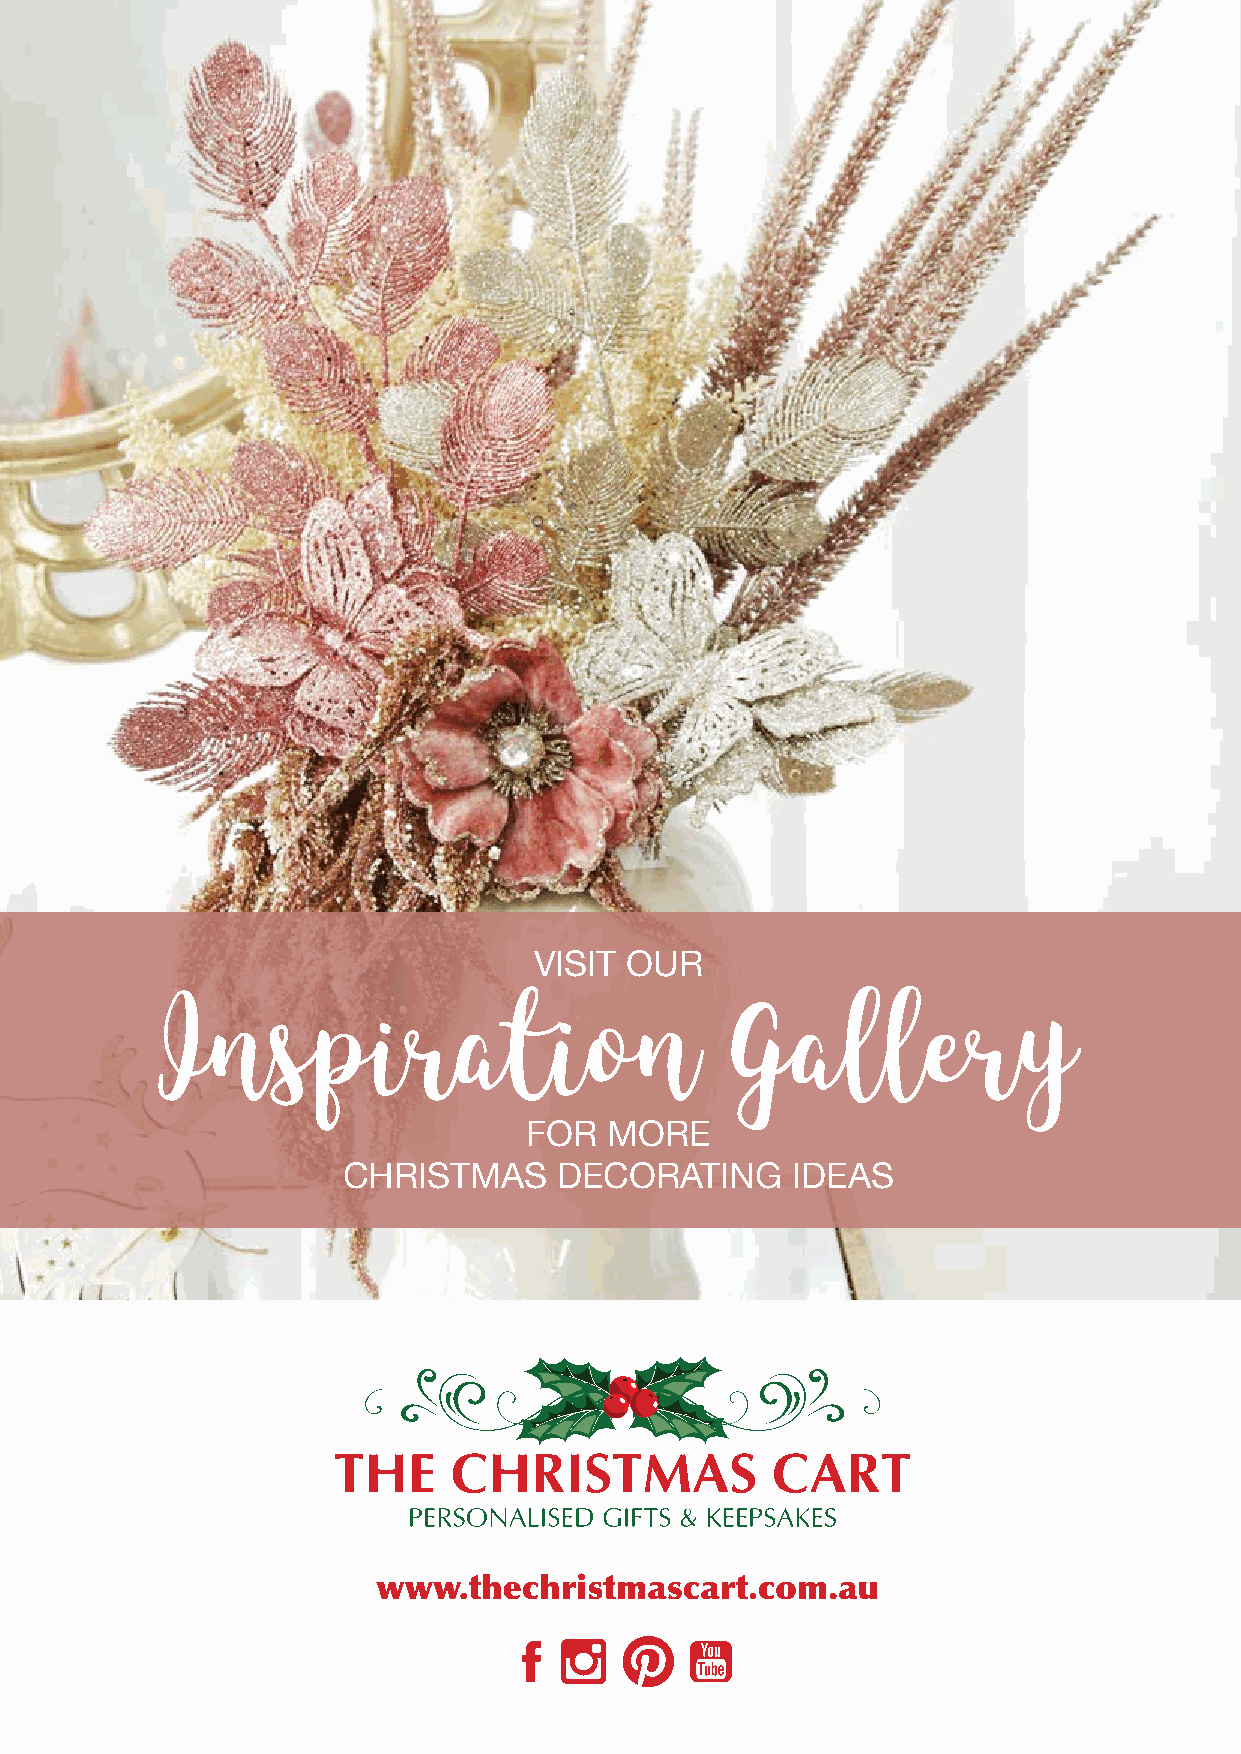
VISIT OUR
 Inspiration                          Gallery
 FOR  MORE
 CHRISTMAS     DECORATING     IDEAS